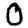
Digit: 0